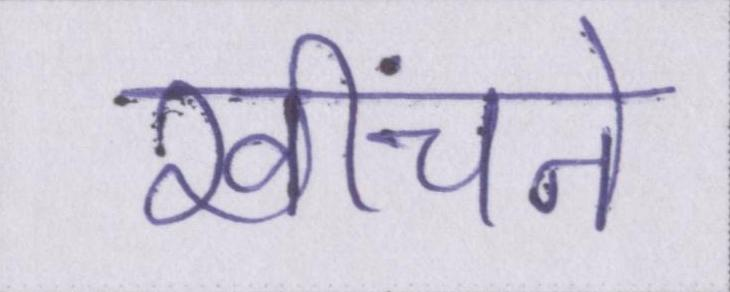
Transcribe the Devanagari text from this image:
खींचने